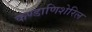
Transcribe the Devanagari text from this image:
कण्डाणिशेरिल